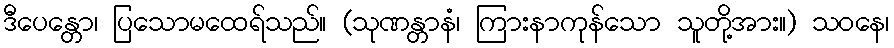
ဒီပေန္တော၊ ပြသောမထေရ်သည်။ (သုဏန္တာနံ၊ ကြားနာကုန်သော သူတို့အား။) သဝနေ၊